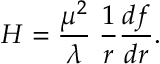
H = { \frac { \mu ^ { 2 } } { \lambda } } \; { \frac { 1 } { r } } { \frac { d f } { d r } } .